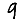
Digit: 9